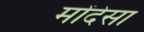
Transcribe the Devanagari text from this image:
मोंदेसा